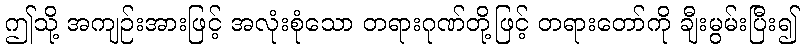
ဤသို့ အကျဉ်းအားဖြင့် အလုံးစုံသော တရားဂုဏ်တို့ဖြင့် တရားတော်ကို ချီးမွမ်းပြီး၍